Report of veterinary surgeon J.H. Steel, A.V.D., on his investigation into an obscure and fatal disease among transport mules in British Burma
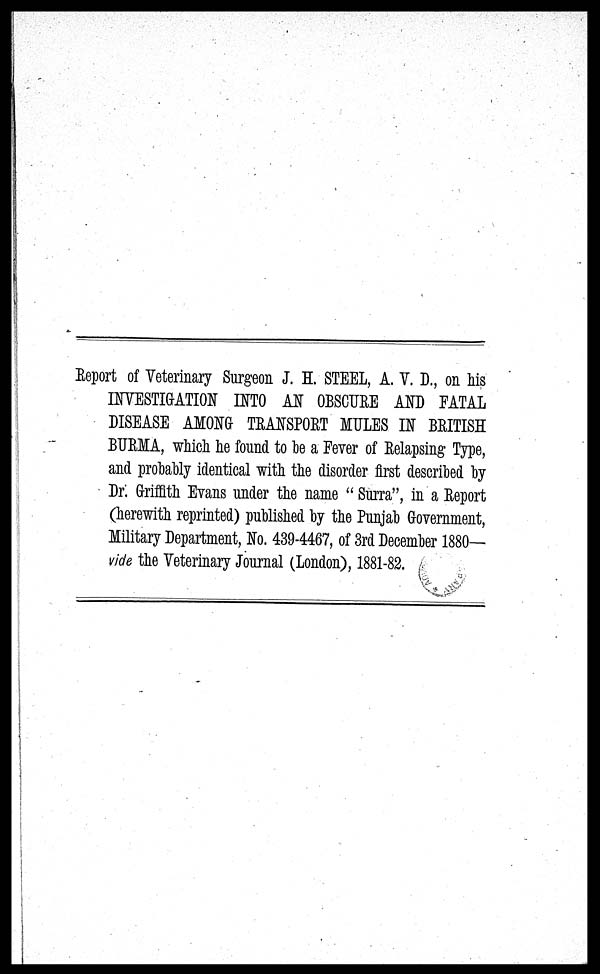
Report of Veterinary Surgeon J. H. STEEL, A. Y. D., on his
INVESTIGATION INTO AN OBSCURE AID FATAL
DISEASE AMONG TRANSPORT MULES IN BRITISH
BURMA, which he found to be a Fever of Relapsing Type,
and probably identical with the disorder first described by
Dr. Griffith Evans under the name " Surra", in a Report
(herewith reprinted) published by the Punjab Government,
Military Department, No. 439-4467, of 3rd December 1880—
vide the Veterinary Journal (London), 1881-82.